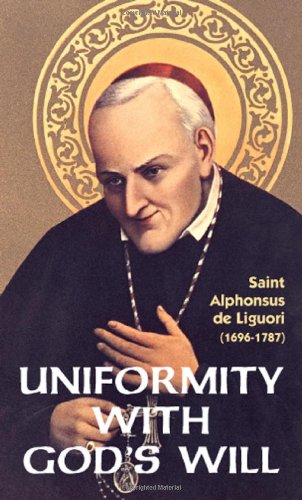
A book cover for Uniformity with God's Will; Liguori; Religion & Spirituality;